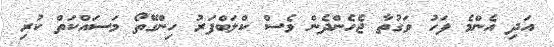
އަދި އެންމެ ފަހު ވަގުތާ ޖެހެންދެން ވެސް ކްލަބްފަރު ހިންގޭތޯ މަސައްކަތް ކުރި